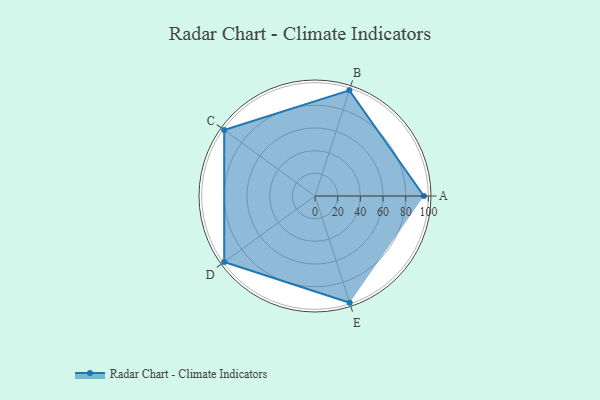
{"axis": {"x": "Skill", "y": "Score"}, "legend": ["Profile"], "data": [{"x": "A", "y": 96.0, "type": "Profile"}, {"x": "B", "y": 98.0, "type": "Profile"}, {"x": "C", "y": 99, "type": "Profile"}, {"x": "D", "y": 99, "type": "Profile"}, {"x": "E", "y": 99, "type": "Profile"}]}